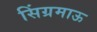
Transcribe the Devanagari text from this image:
सिंग्रमाऊ